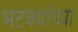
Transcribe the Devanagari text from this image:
भटक्यांच्या